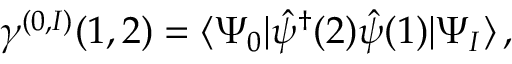
\gamma ^ { ( 0 , I ) } ( 1 , 2 ) = \langle \Psi _ { 0 } \vert \hat { \psi } ^ { \dagger } ( 2 ) \hat { \psi } ( 1 ) \vert \Psi _ { I } \rangle \, ,